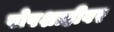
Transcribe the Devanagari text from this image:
पोपशाहीवर